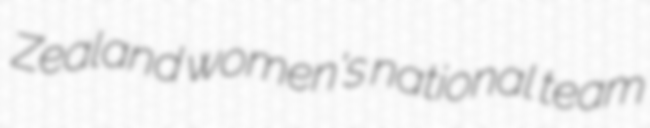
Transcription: Zealand women's national team